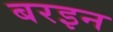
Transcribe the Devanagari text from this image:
बरइन